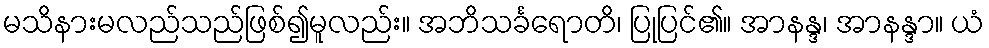
မသိနားမလည်သည်ဖြစ်၍မူလည်း။ အဘိသင်္ခရောတိ၊ ပြုပြင်၏။ အာနန္ဒ၊ အာနန္ဒာ။ ယံ